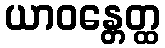
ယာဝန္တေတ္ထ